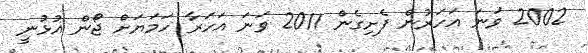
2002 ވަނަ އަހަރުން ފެށިގެން 2011 ވަނަ އަހަރާ ހަމަޔަށް ޖޯން އުޅުނީ